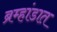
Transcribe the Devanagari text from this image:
ब्रम्हांडात